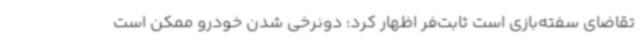
تقاضای سفته‌بازی است ثابت‌فر اظهار کرد: دونرخی شدن خودرو ممکن است